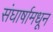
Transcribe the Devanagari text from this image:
संघार्षामधून